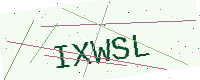
Text: IXWSL